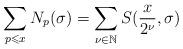
LaTeX: \begin{align*}\sum_{\substack{p\leqslant x \\ }} N_p(\sigma) = \sum_{\nu \in \mathbb{N}} S(\frac{x}{2^\nu}, \sigma)\end{align*}